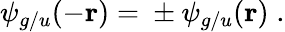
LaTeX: \psi_{g/u}(-{\mathbf{r}})={}\pm\psi_{g/u}({\mathbf{r}})\; .